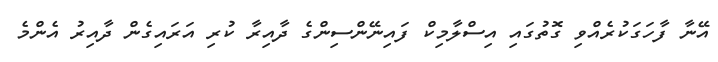
އޭނާ ފާހަގަކުރެއްވި ގޮތުގައި އިސްލާމިކް ފައިނޭންސިންގެ ދާއިރާ ކުރި އަރައިގެން ދާއިރު އެންމެ